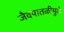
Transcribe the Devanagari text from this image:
जैवपातळीमुळे